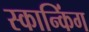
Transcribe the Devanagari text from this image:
स्कान्किंग